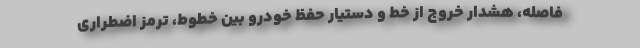
فاصله، هشدار خروج از خط و دستیار حفظ خودرو بین خطوط، ترمز اضطراری